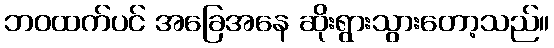
ဘဝထက်ပင် အခြေအနေ ဆိုးရွားသွားတော့သည်။